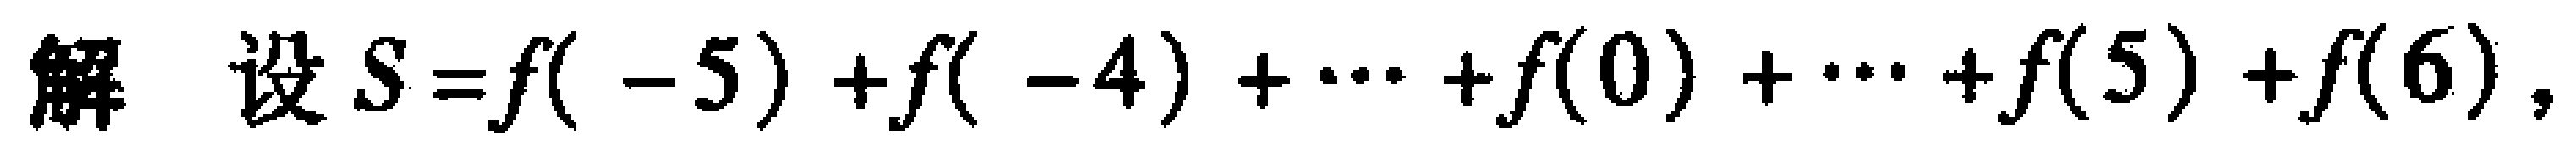
解 设$S = f( - 5)+f( - 4)+\cdots +f(0)+\cdots +f(5)+f(6),$